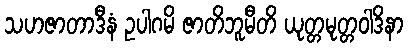
သဟဇာတာဒီနံ ဥပါဂမိ ဇာတိဘူမီတိ ယုတ္တမုတ္တဝါဒိနာ